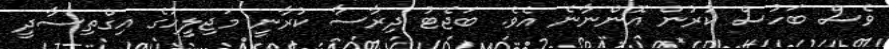
ވެސް ބަހުސް ކުރުން އޮންނާނެ އެވެ. ބަޖެޓު ދިރާސާ ކުރާނީ މަޖިލީހުގެ އިގްތިސާދީ